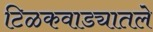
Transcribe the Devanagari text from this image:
टिळकवाड्यातले